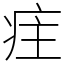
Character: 疰